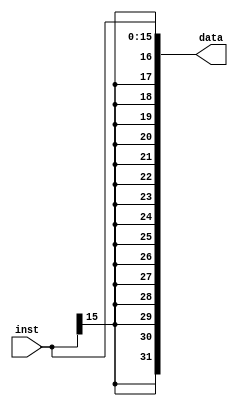
`timescale 1ns / 1ps
//////////////////////////////////////////////////////////////////////////////////
// Company: 
// Engineer: 
// 
// Design Name: 
// Module Name:    signext 
// Project Name: 
// Target Devices: 
// Tool versions: 
// Description: 
//
// Dependencies: 
//
// Revision: 
// Revision 0.01 - File Created
// Additional Comments: 
//
//////////////////////////////////////////////////////////////////////////////////
module signext(
     input [15:0] inst,
	  output [31:0] data
    );
	 
	 assign data = {{16{inst[15]}},inst[15:0]};
endmodule